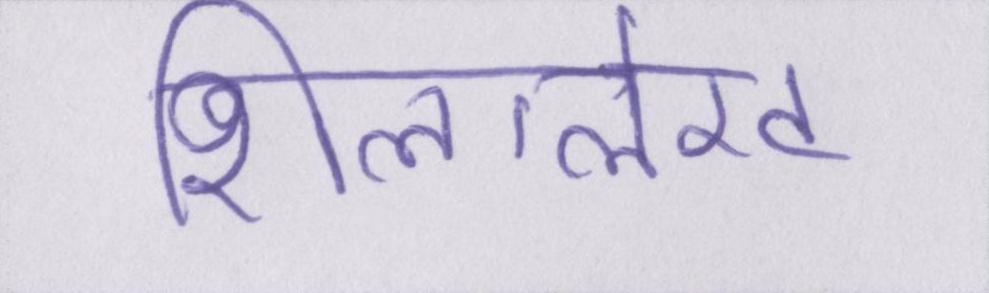
शिलालेख